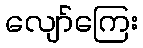
လျော်ကြေး